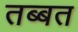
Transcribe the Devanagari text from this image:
तब्बत